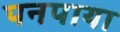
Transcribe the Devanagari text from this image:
पनपाया